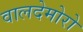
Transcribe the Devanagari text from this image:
वालदेमोरो